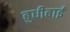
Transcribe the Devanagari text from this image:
बुधीबाई